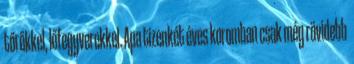
tőrökkel, lőfegyverekkel. Apa tizenkét éves koromban csak még rövidebb